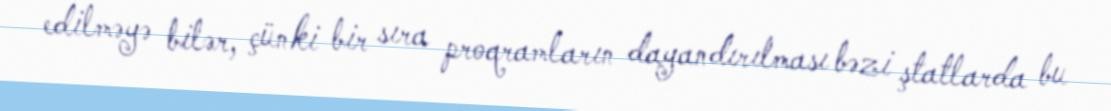
edilməyə bilər, çünki bir sıra proqramların dayandırılması bəzi ştatlarda bu